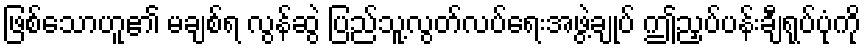
ဖြစ်သောဟူ၏ မချစ်ရ လွန်ဆွဲ ပြည်သူ့လွတ်လပ်ရေးအဖွဲ့ချုပ် ဤညှပ်ပန်းချီရုပ်ပုံကို